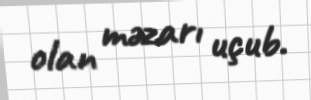
olan məzarı uçub.